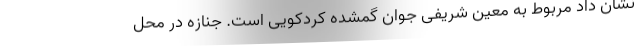
نشان داد مربوط به معین شریفی جوان گمشده کردکویی است. جنازه در محل